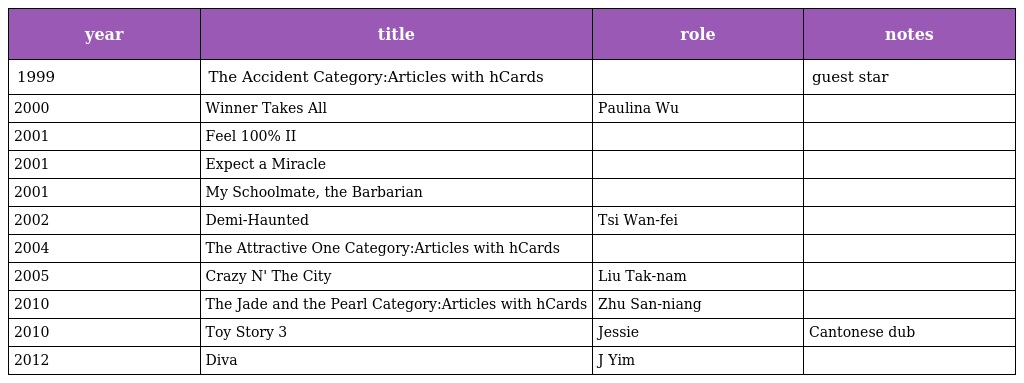
| year | title | role | notes |
 | --- | --- | --- | --- |
 | 1999 | The Accident Category:Articles with hCards |  | guest star |
 | 2000 | Winner Takes All | Paulina Wu |  |
 | 2001 | Feel 100% II |  |  |
 | 2001 | Expect a Miracle |  |  |
 | 2001 | My Schoolmate, the Barbarian |  |  |
 | 2002 | Demi-Haunted | Tsi Wan-fei |  |
 | 2004 | The Attractive One Category:Articles with hCards |  |  |
 | 2005 | Crazy N' The City | Liu Tak-nam |  |
 | 2010 | The Jade and the Pearl Category:Articles with hCards | Zhu San-niang |  |
 | 2010 | Toy Story 3 | Jessie | Cantonese dub |
 | 2012 | Diva | J Yim |  |